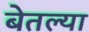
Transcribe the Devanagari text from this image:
बेतल्या